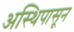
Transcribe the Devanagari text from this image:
अस्थिपासून